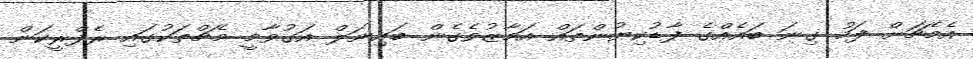
އެމެޗަށް ފަހު ގިނަ ބައެއްގެ ފާޑުކިޔުންތައް އަމާޒުވެގެން ބައިނަލް އަގުވާމީ މެޗްތަކުގައި ރެފްރީކަން